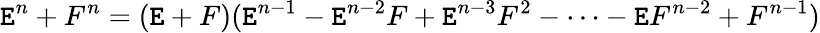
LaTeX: \mathtt{E}^{n}+F^{n}=(\mathtt{E}+F)(\mathtt{E}^{n-1}-\mathtt{E}^{n-2}F+\mathtt{E}^{n-3}F^{2}-\cdots-\mathtt{E}F^{n-2}+F^{n-1})